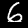
Label: 6